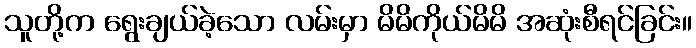
သူတို့က ရွေးချယ်ခဲ့သော လမ်းမှာ မိမိကိုယ်မိမိ အဆုံးစီရင်ခြင်း။